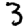
Digit: 3